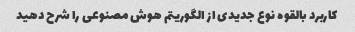
کاربرد بالقوه نوع جدیدی از الگوریتم هوش مصنوعی را شرح دهید